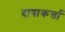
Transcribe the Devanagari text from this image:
दावाकर्त्ता